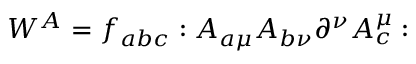
W ^ { A } = f _ { a b c } : A _ { a \mu } A _ { b \nu } \partial ^ { \nu } A _ { c } ^ { \mu } :